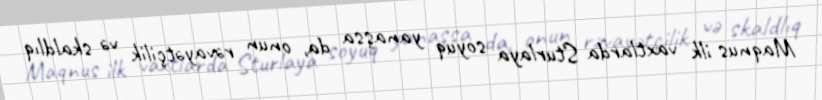
Maqnus ilk vaxtlarda Sturlaya soyuq yanaşsa da, onun rəvayətçilik və skaldlıq